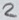
Text: 2